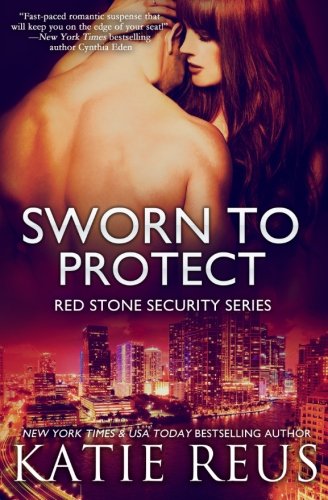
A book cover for Sworn to Protect; Katie Reus; Romance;